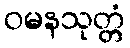
ဝမနသုတ္တံ